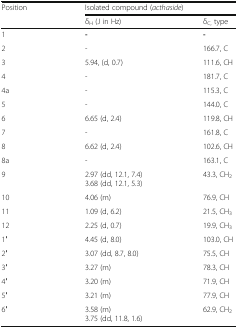
<table><thead><tr><td rowspan="2"><b>Position</b></td><td colspan="2"><b>Isolated compound (<i>acthaside</i>)</b></td></tr><tr><td><b>δ<sub>H</sub> (J in Hz)</b></td><td><b>δ<sub>C,</sub> type</b></td></tr></thead><tbody><tr><td>1</td><td><b>-</b></td><td><b>-</b></td></tr><tr><td>2</td><td>-</td><td>166.7, C</td></tr><tr><td>3</td><td>5.94, (d, 0.7)</td><td>111.6, CH</td></tr><tr><td>4</td><td>-</td><td>181.7, C</td></tr><tr><td>4a</td><td>-</td><td>115.3, C</td></tr><tr><td>5</td><td>-</td><td>144.0, C</td></tr><tr><td>6</td><td>6.65 (d, 2.4)</td><td>119.8, CH</td></tr><tr><td>7</td><td>-</td><td>161.8, C</td></tr><tr><td>8</td><td>6.62 (d, 2.4)</td><td>102.6, CH</td></tr><tr><td>8a</td><td>-</td><td>163.1, C</td></tr><tr><td>9</td><td>2.97 (dd, 12.1, 7.4)3.68 (dd, 12.1, 5.3)</td><td>43.3, CH<sub>2</sub></td></tr><tr><td>10</td><td>4.06 (m)</td><td>76.9, CH</td></tr><tr><td>11</td><td>1.09 (d, 6.2)</td><td>21.5, CH<sub>3</sub></td></tr><tr><td>12</td><td>2.25 (d, 0.7)</td><td>19.9, CH<sub>3</sub></td></tr><tr><td>1′</td><td>4.45 (d, 8.0)</td><td>103.0, CH</td></tr><tr><td>2′</td><td>3.07 (dd, 8.7, 8.0)</td><td>75.5, CH</td></tr><tr><td>3′</td><td>3.27 (m)</td><td>78.3, CH</td></tr><tr><td>4′</td><td>3.20 (m)</td><td>71.9, CH</td></tr><tr><td>5′</td><td>3.21 (m)</td><td>77.9, CH</td></tr><tr><td>6′</td><td>3.58 (m)3.75 (dd, 11.8, 1.6)</td><td>62.9, CH<sub>2</sub></td></tr></tbody></table>